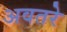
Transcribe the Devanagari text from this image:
अवतरे